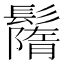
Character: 𩯚